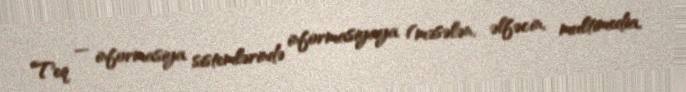
Teq — informasiya sistemlərində informasiyaya (məsələn, əlfəcin, multimedia,